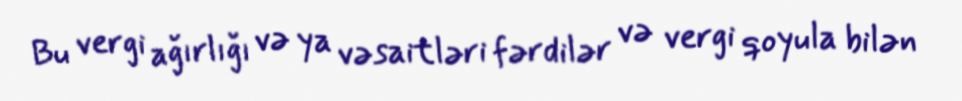
Bu vergi ağırlığı və ya vəsaitləri fərdilər və vergi qoyula bilən